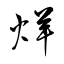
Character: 烊